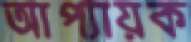
আপ্যায়ক